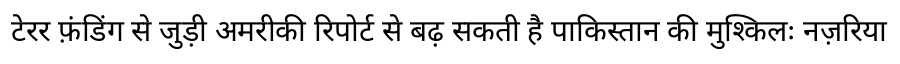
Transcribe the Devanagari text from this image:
टेरर फ़ंडिंग से जुड़ी अमरीकी रिपोर्ट से बढ़ सकती है पाकिस्तान की मुश्किलः नज़रिया